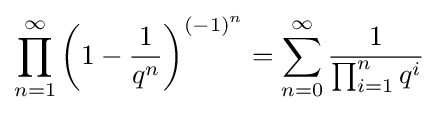
\prod _{n=1}^{\infty }\left(1-{\frac {1}{q^{n}}}\right)^{(-1)^{n}}=\sum _{n=0}^{\infty }{\frac {1}{\prod _{i=1}^{n}q^{i}}}